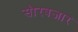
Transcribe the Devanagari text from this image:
सौरबजार